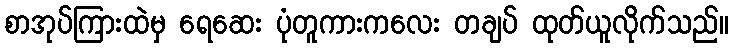
စာအုပ်ကြားထဲမှ ရေဆေး ပုံတူကားကလေး တချပ် ထုတ်ယူလိုက်သည်။